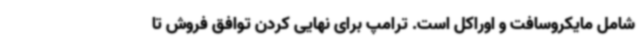
شامل مایکروسافت و اوراکل است. ترامپ برای نهایی کردن توافق فروش تا